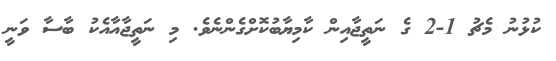
ކުޅުނު މެޗު 1-2 ގެ ނަތީޖާއިން ކާމިޔާބުކޮށްގެންނެވެ. މި ނަތީޖާއާއެކު ބާސާ ވަނީ